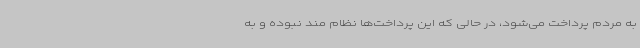
به مردم پرداخت می‌شود، در حالی که این پرداخت‌ها نظام مند نبوده و به